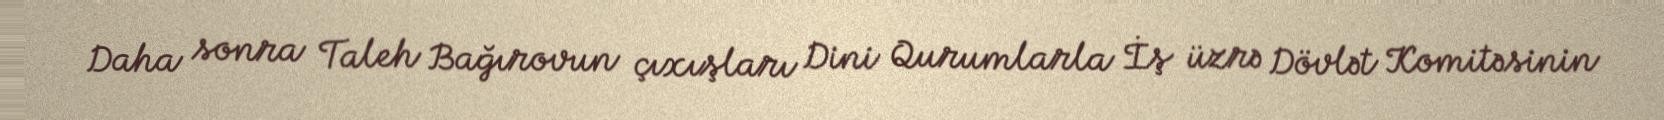
Daha sonra Taleh Bağırovun çıxışları Dini Qurumlarla İş üzrə Dövlət Komitəsinin